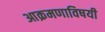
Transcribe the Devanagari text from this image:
आक्रमणाविषयी